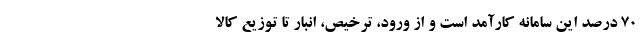
70 درصد این سامانه کارآمد است و از ورود، ترخیص، انبار تا توزیع کالا